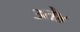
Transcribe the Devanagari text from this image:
३ते४